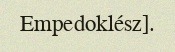
Empedoklész].